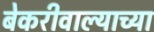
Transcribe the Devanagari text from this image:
बेकरीवाल्याच्या